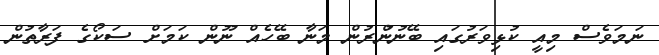
ނަމަވެސް މިއީ ކުޅިވަރުގައި ބޭނުންުރުން މަނާ ބޭހެއް ނޫން ކަމަށް ސަކޯގެ ފަރާތުން